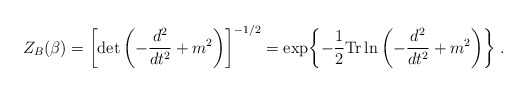
\begin{align*}Z_B(\beta)=\left[\det\left( -{d^2\over dt^2}+m^2\right)\right]^{-1/2}=\exp\biggl\{ -{1\over2} {\rm Tr}\ln\left( -{d^2\over dt^2}+m^2\right)\biggr\}\; .\end{align*}